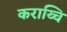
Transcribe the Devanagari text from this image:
कराय्चि